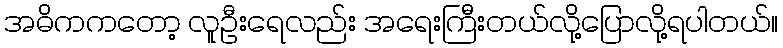
အဓိကကတော့ လူဦးရေလည်း အရေးကြီးတယ်လို့ပြောလို့ရပါတယ်။